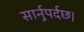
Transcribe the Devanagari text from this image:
सार्नुपर्दछ।